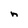
Character: n